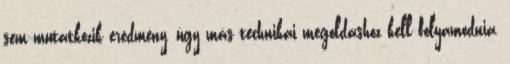
sem mutatkozik eredmény, úgy más technikai megoldáshoz kell folyamodnia,